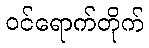
ဝင်ရောက်တိုက်